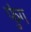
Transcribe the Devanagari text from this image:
फुंग